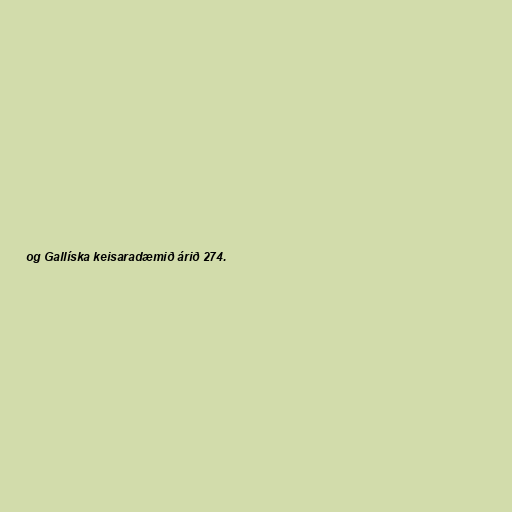
og Gallíska keisaradæmið árið 274.